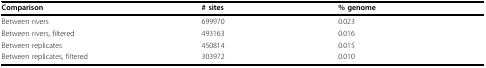
| Comparison | # sites | % genome |
 | --- | --- | --- |
 | Between rivers | 699970 | 0.023 |
 | Between rivers, filtered | 493163 | 0.016 |
 | Between replicates | 450814 | 0.015 |
 | Between replicates, filtered | 303972 | 0.010 |